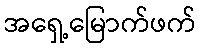
အရှေ့မြောက်ဖက်